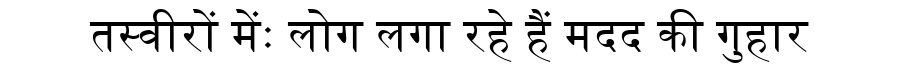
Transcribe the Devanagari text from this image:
तस्वीरों मेंः लोग लगा रहे हैं मदद की गुहार